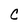
Character: C